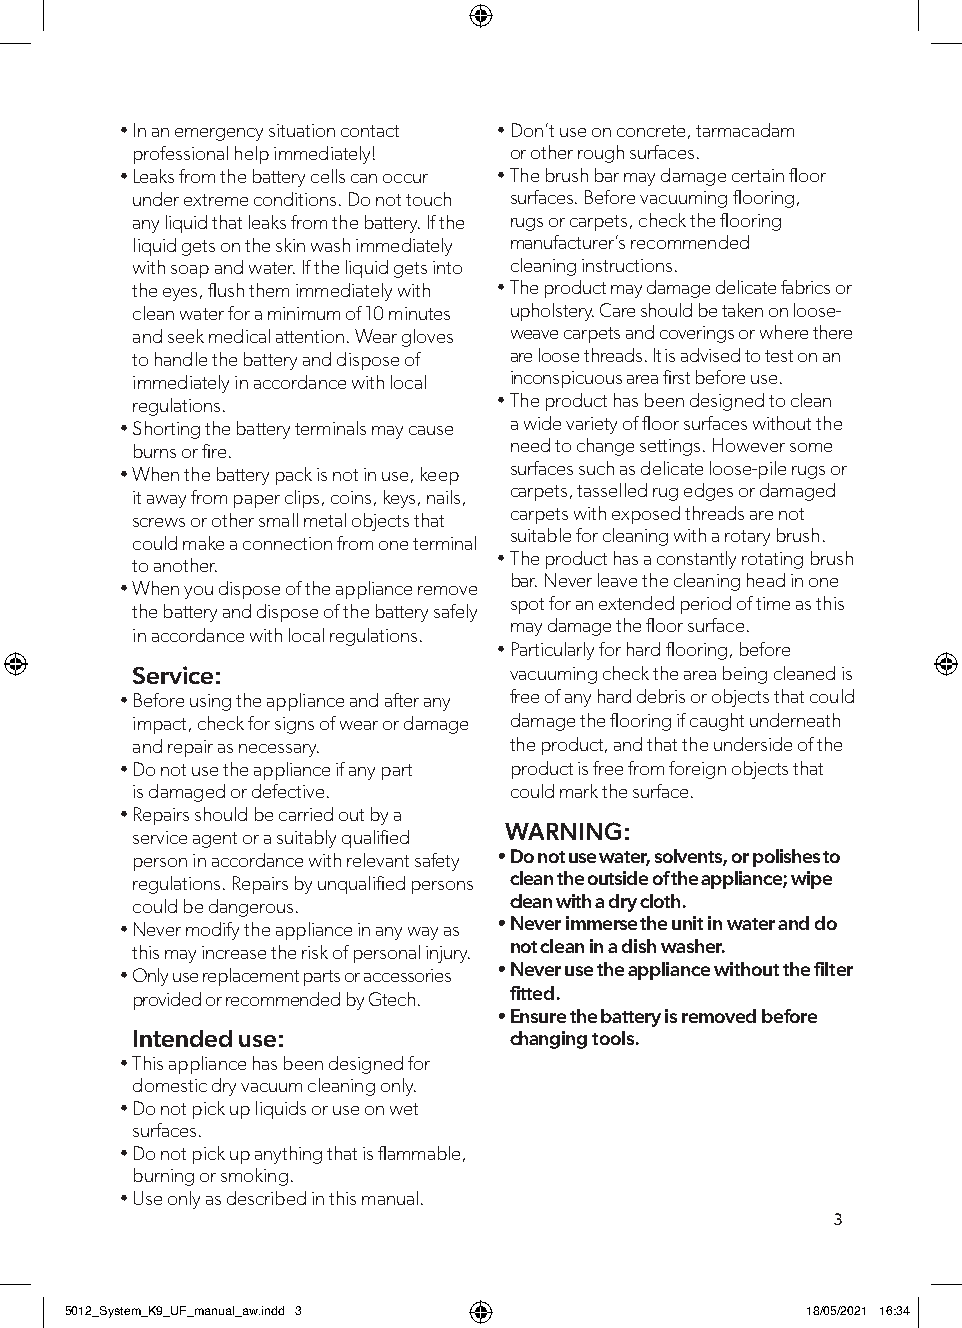
• In an emergency situation contact • Don’t use on concrete, tarmacadam
 professional help immediately! or other rough surfaces.
 • Leaks from the battery cells can occur • The brush bar may damage certain floor
 under extreme conditions. Do not touch surfaces. Before vacuuming flooring,
 any liquid that leaks from the battery. If the rugs or carpets, check the flooring
 liquid gets on the skin wash immediately manufacturer’s recommended
 with soap and water. If the liquid gets into cleaning instructions.
 the eyes, flush them immediately with • The product may damage delicate fabrics or
 clean water for a minimum of 10 minutes upholstery. Care should be taken on loose-
 and seek medical attention. Wear gloves weave carpets and coverings or where there
 to handle the battery and dispose of are loose threads. It is advised to test on an
 immediately in accordance with local inconspicuous area first before use.
 regulations.            • The product has been designed to clean
 • Shorting the battery terminals may cause a wide variety of floor surfaces without the
 burns or fire.           need to change settings. However some
 • When the battery pack is not in use, keep surfaces such as delicate loose-pile rugs or
 carpets, tasselled rug edges or damaged
 it away from paper clips, coins, keys, nails,
 carpets with exposed threads are not
 screws or other small metal objects that
 suitable for cleaning with a rotary brush.
 could make a connection from one terminal
 • The product has a constantly rotating brush
 to another.
 bar. Never leave the cleaning head in one
 • When you dispose of the appliance remove
 spot for an extended period of time as this
 the battery and dispose of the battery safely
 may damage the floor surface.
 in accordance with local regulations.
 • Particularly for hard flooring, before
 Service:                 vacuuming check the area being cleaned is
 • Before using the appliance and after any free of any hard debris or objects that could
 impact, check for signs of wear or damage damage the flooring if caught underneath
 and repair as necessary. the product, and that the underside of the
 • Do not use the appliance if any part product is free from foreign objects that
 is damaged or defective. could mark the surface.
 • Repairs should be carried out by a
 WARNING:
 service agent or a suitably qualified
 person in accordance with relevant safety • Do not use water, solvents, or polishes to
 regulations. Repairs by unqualified persons clean the outside of the appliance; wipe
 could be dangerous.      clean with a dry cloth.
 • Never modify the appliance in any way as • Never immerse the unit in water and do
 not clean in a dish washer.
 this may increase the risk of personal injury.
 • Only use replacement parts or accessories • Never use the appliance without the filter
 provided or recommended by Gtech. fitted.
 • Ensure the battery is removed before
 Intended use:            changing tools.
 • This appliance has been designed for
 domestic dry vacuum cleaning only.
 • Do not pick up liquids or use on wet
 surfaces.
 • Do not pick up anything that is flammable,
 burning or smoking.
 • Use only as described in this manual.
 3
 55001122__SSyysstteemm__KK99__UUFF__mmaannuuaall__aaww..iinndddd 33 1188//0055//22002211 1166::3344